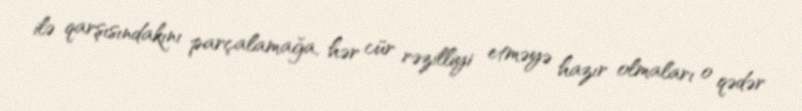
ilə qarşısındakını parçalamağa, hər cür rəzilliyi etməyə hazır olmaları o qədər